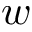
w